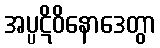
အပ္ပဋိဝိနောဒေတွာ